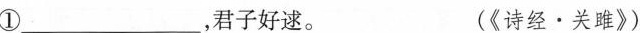
①___，君子好逑。 (《诗经·关雎》)